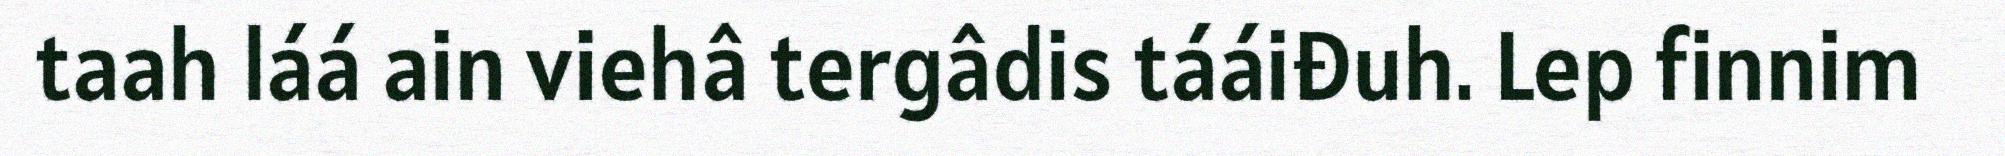
taah láá ain viehâ tergâdis tááiđuh. Lep finnim